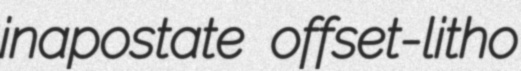
inapostate offset-litho